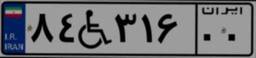
۴۷W۸۵۵۹۵